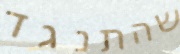
שהתנגד